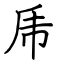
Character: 乕